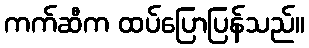
ကက်ဆီက ထပ်ပြောပြန်သည်။